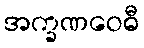
အက္ခဏဝေဓီ